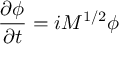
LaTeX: \frac { \partial \phi } { \partial t } = i M ^ { 1 / 2 } \phi